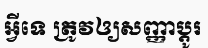
អ្វីទេ ត្រូវឲ្យសញ្ញាប្តូរ